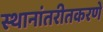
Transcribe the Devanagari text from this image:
स्थानांतरीतकरणे